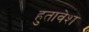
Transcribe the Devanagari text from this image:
हुतावेश